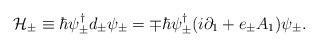
LaTeX: \begin{align*}{\cal H}_{\pm} \equiv \hbar \psi_{\pm}^{\dagger} d_{\pm} \psi_{\pm} =\mp \hbar \psi_{\pm}^{\dagger}(i{\partial}_{1}+e_{\pm}A_1)\psi_{\pm}.\end{align*}